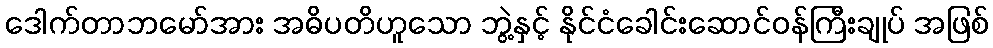
ဒေါက်တာဘမော်အား အဓိပတိဟူသော ဘွဲ့နှင့် နိုင်ငံခေါင်းဆောင်ဝန်ကြီးချုပ် အဖြစ်